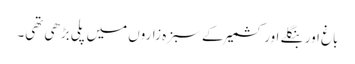
باغ اور بنگلے اور کشمیر کے سبزہ زاروں میں پلی بڑھی تھی۔